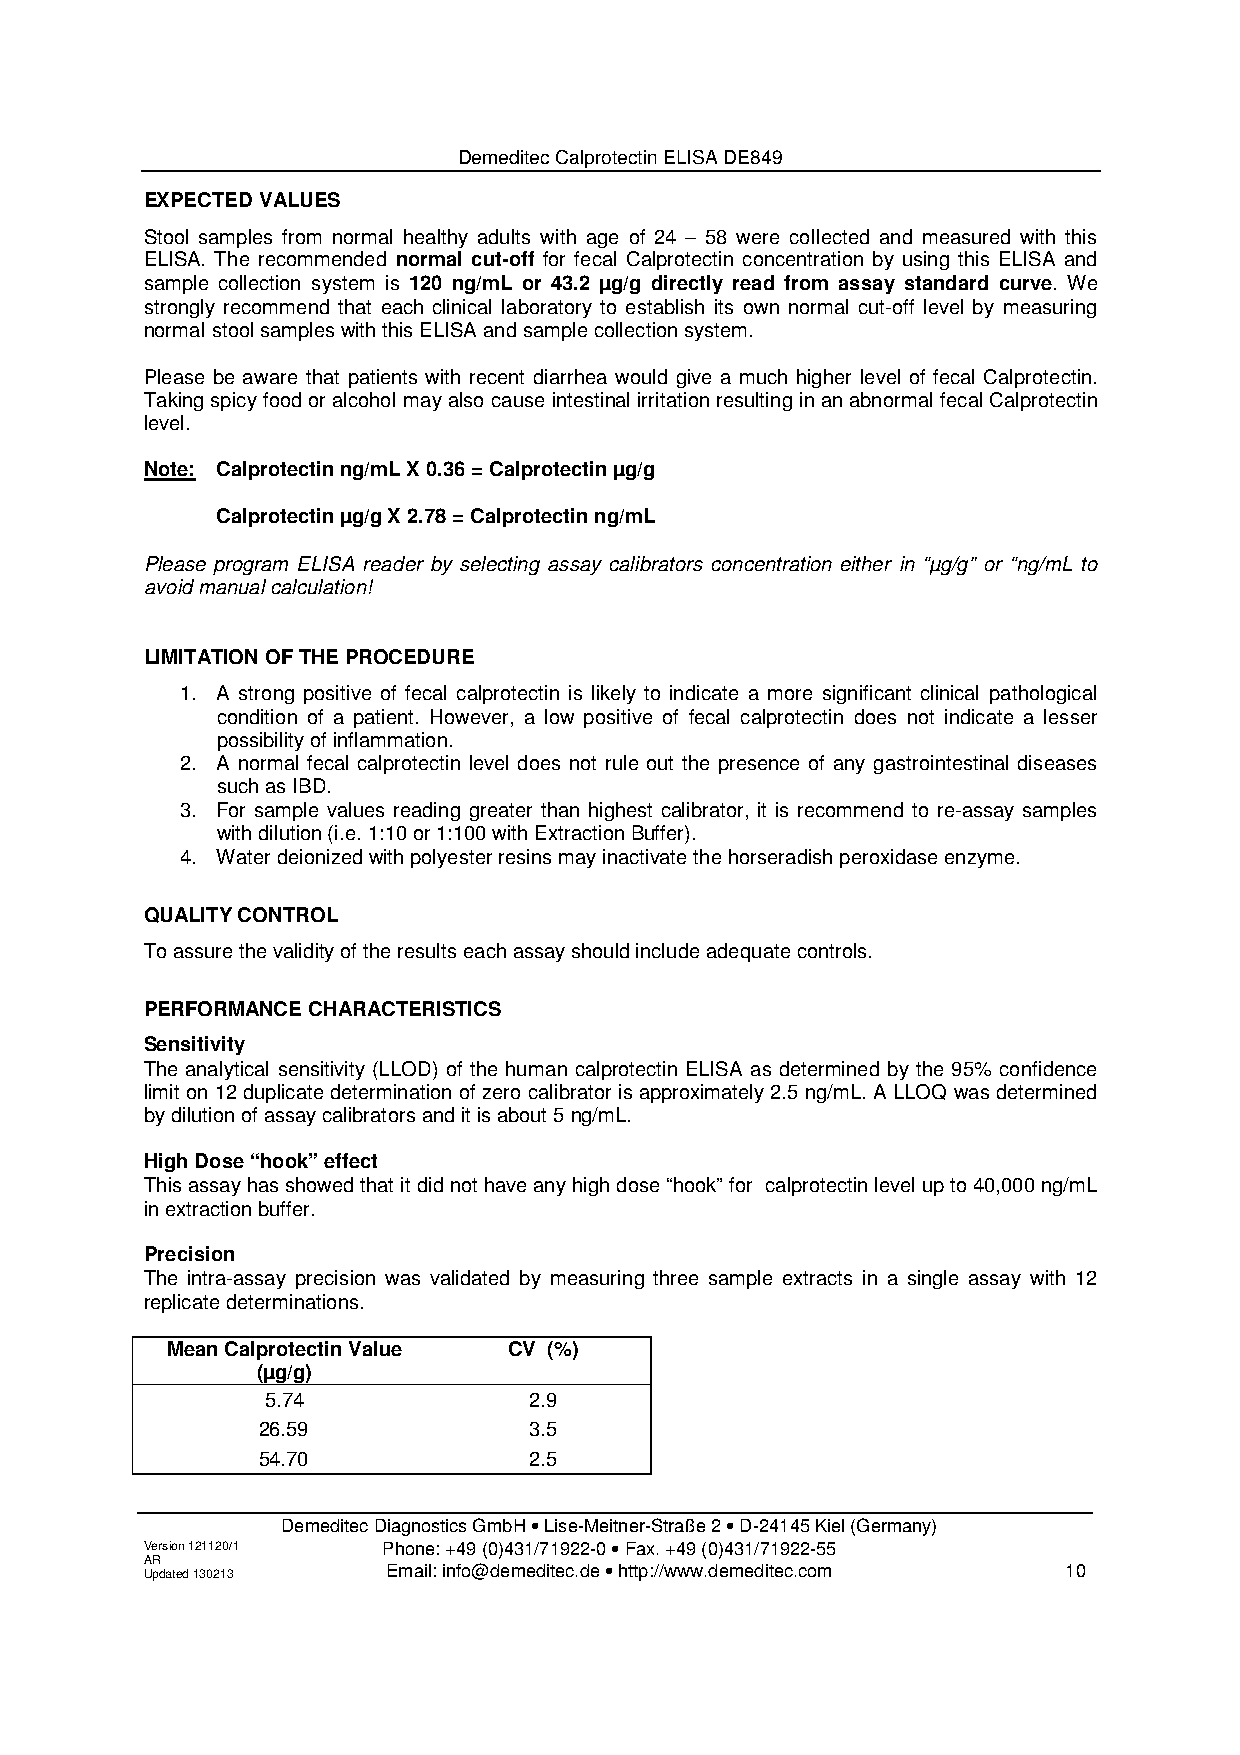
Demeditec Calprotectin ELISA DE849
 EXPECTED VALUES
 Stool samples from normal healthy adults with age of 24 – 58 were collected and measured with this
 ELISA. The recommended normal cut-off for fecal Calprotectin concentration by using this ELISA and
 sample collection system is 120 ng/mL or 43.2 µg/g directly read from assay standard curve. We
 strongly recommend that each clinical laboratory to establish its own normal cut-off level by measuring
 normal stool samples with this ELISA and sample collection system.
 Please be aware that patients with recent diarrhea would give a much higher level of fecal Calprotectin.
 Taking spicy food or alcohol may also cause intestinal irritation resulting in an abnormal fecal Calprotectin
 level.
 Note: Calprotectin ng/mL X 0.36 = Calprotectin µg/g
 Calprotectin µg/g X 2.78 = Calprotectin ng/mL
 Please program ELISA reader by selecting assay calibrators concentration either in “µg/g” or “ng/mL to
 avoid manual calculation!
 LIMITATION OF THE PROCEDURE
 1. A strong positive of fecal calprotectin is likely to indicate a more significant clinical pathological
 condition of a patient. However, a low positive of fecal calprotectin does not indicate a lesser
 possibility of inflammation.
 2. A normal fecal calprotectin level does not rule out the presence of any gastrointestinal diseases
 such as IBD.
 3. For sample values reading greater than highest calibrator, it is recommend to re-assay samples
 with dilution (i.e. 1:10 or 1:100 with Extraction Buffer).
 4. Water deionized with polyester resins may inactivate the horseradish peroxidase enzyme.
 QUALITY CONTROL
 To assure the validity of the results each assay should include adequate controls.
 PERFORMANCE CHARACTERISTICS
 Sensitivity
 The analytical sensitivity (LLOD) of the human calprotectin ELISA as determined by the 95% confidence
 limit on 12 duplicate determination of zero calibrator is approximately 2.5 ng/mL. A LLOQ was determined
 by dilution of assay calibrators and it is about 5 ng/mL.
 High Dose “hook” effect
 This assay has showed that it did not have any high dose “hook” for calprotectin level up to 40,000 ng/mL
 in extraction buffer.
 Precision
 The intra-assay precision was validated by measuring three sample extracts in a single assay with 12
 replicate determinations.
 Mean Calprotectin Value CV (%)
 (µg/g)
 5.74             2.9
 26.59             3.5
 54.70             2.5
 Demeditec Diagnostics GmbH • Lise-Meitner-Straße 2 • D-24145 Kiel (Germany)
 Version 121120/1 Phone: +49 (0)431/71922-0 • Fax. +49 (0)431/71922-55
 A UR pd ated 130213 Email: info@demeditec.de • http://www.demeditec.com 10